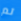
لم